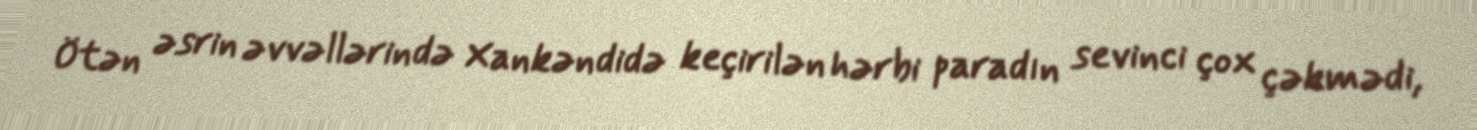
Ötən əsrin əvvəllərində Xankəndidə keçirilən hərbi paradın sevinci çox çəkmədi,